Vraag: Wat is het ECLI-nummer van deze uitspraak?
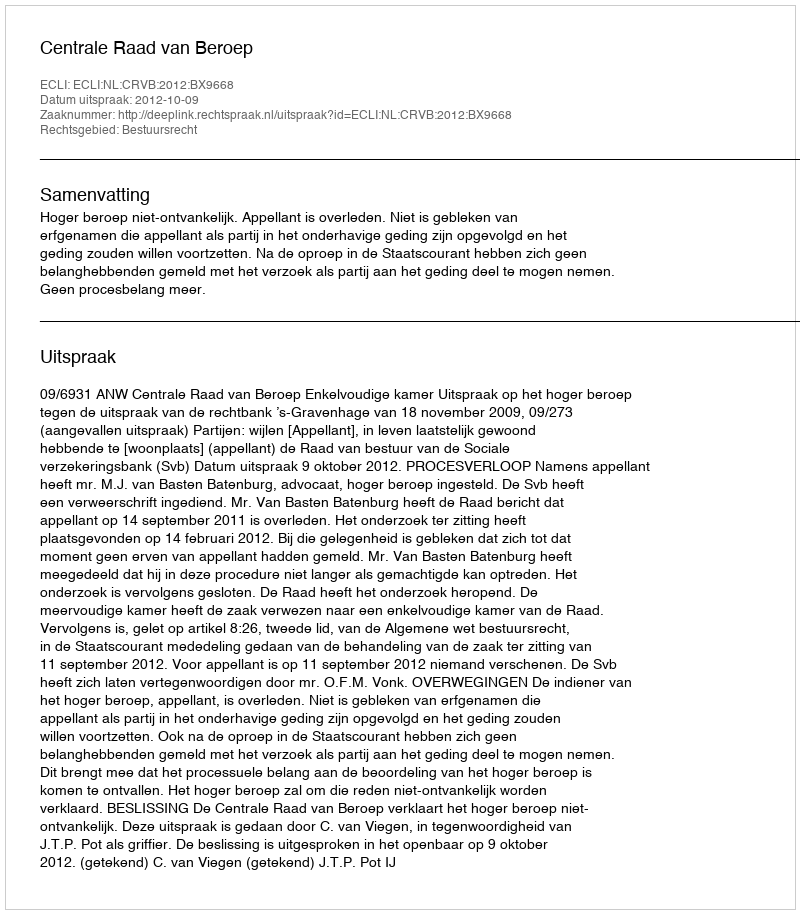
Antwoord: ECLI:NL:CRVB:2012:BX9668